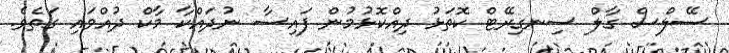
ސޭލްސް ގާލް ސިނގިރޭޓް ކޮތަޅު ދިއްކޮޅުމުން ފައިސާ ނުދައްކާ މާކް ދުއްވައި ގަތެވެ.